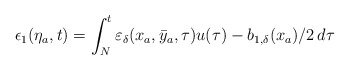
\begin{align*}\epsilon_1(\eta_a,t)= \int_{N}^{t} \varepsilon_\delta({x}_a,\bar{y}_a,\tau)u(\tau)-b_{1,\delta}(x_a)/2 \,d \tau\end{align*}